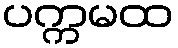
ပက္ကမထ